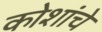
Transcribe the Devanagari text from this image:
कोशांचे